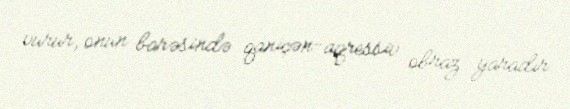
vurur, onun barəsində qaniçən-aqressiv obraz yaradır.